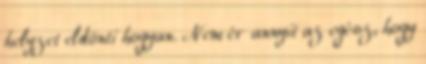
helyzet eldönti hogyan. Nem ér annyit az egész, hogy